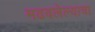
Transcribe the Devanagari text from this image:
मढवलेल्याचा